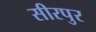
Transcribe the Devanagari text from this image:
सीरपुर